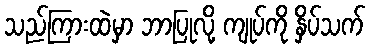
သည်ကြားထဲမှာ ဘာပြုလို့ ကျုပ်ကို နှိပ်သက်